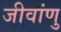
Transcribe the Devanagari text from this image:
जीवांणु